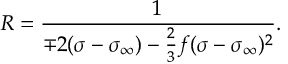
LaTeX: R = \frac { 1 } { \mp 2 ( \sigma - \sigma _ { \infty } ) - \frac { 2 } { 3 } f ( \sigma - \sigma _ { \infty } ) ^ { 2 } } .